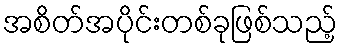
အစိတ်အပိုင်းတစ်ခုဖြစ်သည့်